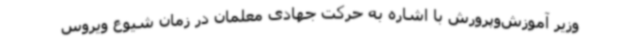
وزیر آموزش‌وپرورش با اشاره به حرکت جهادی معلمان در زمان شیوع ویروس